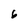
Character: 6